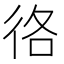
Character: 𢓜